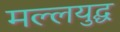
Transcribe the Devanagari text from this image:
मल्लयुद्घ